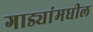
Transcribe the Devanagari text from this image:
गाड्यांमधील